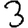
Digit: 3